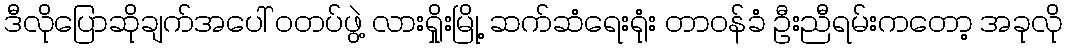
ဒီလိုပြောဆိုချက်အပေါ် ဝတပ်ဖွဲ့ လားရှိုးမြို့ ဆက်ဆံရေးရုံး တာဝန်ခံ ဦးညီရမ်းကတော့ အခုလို